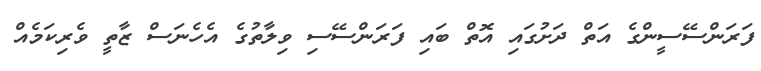
ފަރަންސޭސީންގެ އަތް ދަށުގައި އޮތް ބައި ފަރަންސޭސި ވިލާތުގެ އެހެނަސް ޒާތީ ވެރިކަމެއް